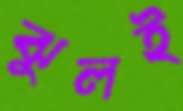
ঝুলই